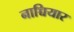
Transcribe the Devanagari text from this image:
नाच्चियार